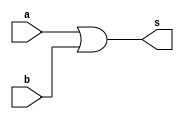
// -------------------------
// Exercicio10 - (OR com 4 entradas - modulo que usa outros modulos OR de 2 entradas)
// Nome: Djonatas Tulio Rodrigues Costa
// -------------------------

// -------------------------
// -- or gate
// -------------------------
module orgate (output s, input a, input b);
	assign s = a | b;
endmodule // orgate

// -------------------------
// -- test or gate
// -------------------------
module testorgate;
// ------------------------- dados locais
	reg a, b, c, d;		// definir registrador
				// (variavel independente)
	wire s, p, q;		// definir conexao (fio)
				// (variavel dependente)
// ------------------------- instancia
	orgate OR1 (s, a, b);
	orgate OR2 (p, c, d);
	orgate OR3 (q, s, p);
// ------------------------- preparacao
	initial begin:start
		a=0; b=0; c=0; d=0;
	end
// ------------------------- parte principal
	initial begin:main
		$display("Exercicio10 - Djonatas Tulio Rodrigues Costa - 440954");
		$display("Test OR gate");
		$display("\na | b | c | d = s\n");
		$monitor("%b | %b | %b | %b = %b", a, b, c, d, q);
	#1 a=0; b=0; c=0; d=1;
	#1 a=0; b=0; c=1; d=0;
	#1 a=0; b=0; c=1; d=1;
	#1 a=0; b=1; c=0; d=0;
	#1 a=0; b=1; c=0; d=1;
	#1 a=0; b=1; c=1; d=0;
	#1 a=0; b=1; c=1; d=1;
	#1 a=1; b=0; c=0; d=0;
	#1 a=1; b=0; c=0; d=1;
	#1 a=1; b=0; c=1; d=0;
	#1 a=1; b=0; c=1; d=1;
	#1 a=1; b=1; c=0; d=0;
	#1 a=1; b=1; c=0; d=1;
	#1 a=1; b=1; c=1; d=0;
	#1 a=1; b=1; c=1; d=1;
	end
	
endmodule // testorgate